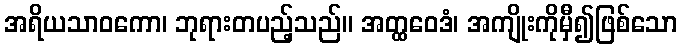
အရိယသာဝကော၊ ဘုရားတပည့်သည်။ အတ္ထဝေဒံ၊ အကျိုးကိုမှီ၍ဖြစ်သော